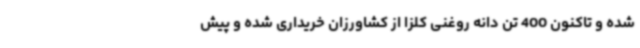
شده و تاکنون 400 تن دانه روغنی کلزا از کشاورزان خریداری شده و پیش